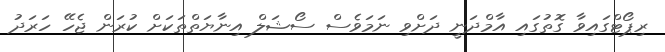
ރިޕޯޓްގައިވާ ގޮތުގައި އާމްދަނީ ދަށްވި ނަމަވެސް ސޯޝަލް އިނާޔަތްތަކަށް ކުރަން ޖެހޭ ހަރަދު